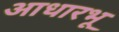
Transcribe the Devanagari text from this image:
आधारभू